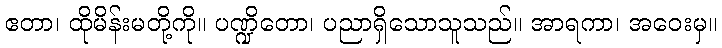
ဧတာ၊ ထိုမိန်းမတို့ကို။ ပဏ္ဍိတော၊ ပညာရှိသောသူသည်။ အာရကာ၊ အဝေးမှ။